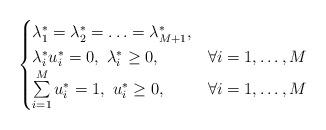
LaTeX: \begin{gather*}\begin{cases}\lambda_1^* = \lambda_{2}^*=\ldots=\lambda_{M+1}^*,\\\lambda_{i}^* u_i^* = 0,\ \lambda_{i}^* \ge 0, &\forall i=1, \ldots, M\\\sum\limits_{i=1}^M u_i^* = 1,\ u_i^* \ge 0, &\forall i=1, \ldots, M\end{cases}\end{gather*}